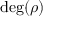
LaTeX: \deg ( \rho )